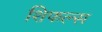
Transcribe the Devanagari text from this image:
शिफल्स